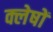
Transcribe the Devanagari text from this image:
क्लेषों